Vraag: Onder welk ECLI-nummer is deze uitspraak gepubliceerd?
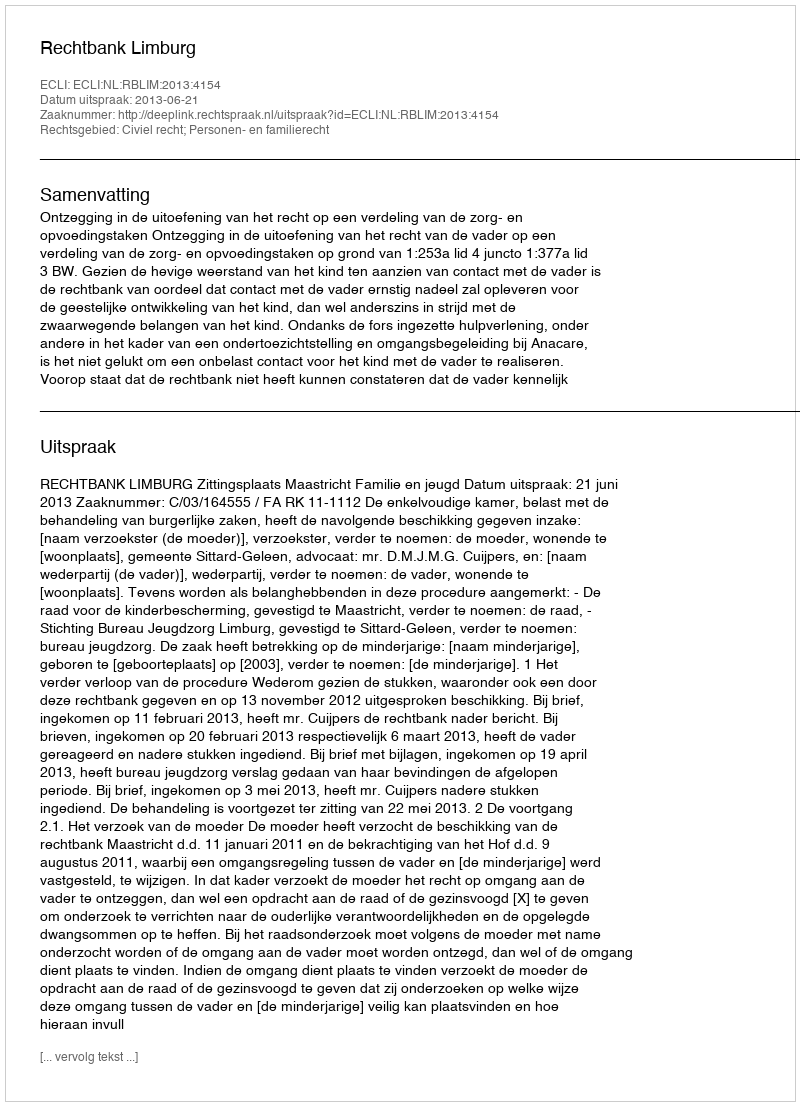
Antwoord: ECLI:NL:RBLIM:2013:4154